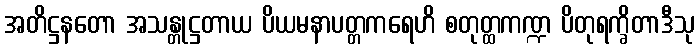
အတိဋ္ဌနတော အသန္တုဋ္ဌတာယ ပိယမနာပတ္တကရေဟိ စတုတ္ထကဏ္ဍ ပိတုရက္ခိတာဒီသု